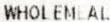
WHOLEMEAL